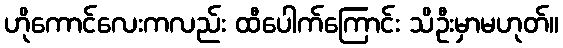
ဟိုကောင်လေးကလည်း ထီပေါက်ကြောင်း သိဦးမှာမဟုတ်။